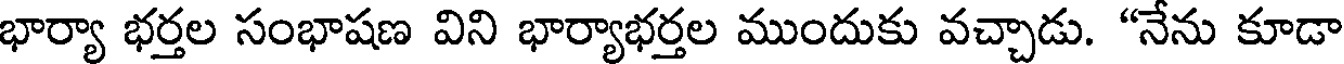
భార్యా భర్తల సంభాషణ విని భార్యాభర్తల ముందుకు వచ్చాడు. "నేను కూడా